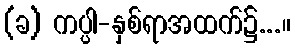
(ခ) ကပ္ပါ-နှစ်ရာအထက်၌...။